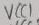
Text: VCC1